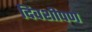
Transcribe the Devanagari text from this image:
दिवशीपण